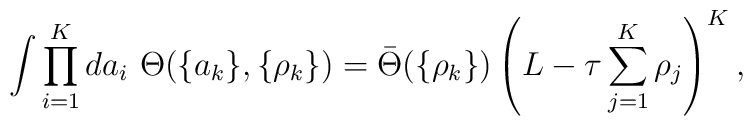
\int \prod_{i=1}^K da_i\ \Theta(\{a_k\},\{\rho_k\}) =\bar{\Theta}(\{\rho_k\})\left( L - \tau \sum_{j=1}^{K} \rho_j \right)^K ,